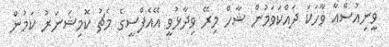
ވީނިއުސްއާ ވާހަކަ ދައްކަވަމުން ޝާހް މިރޭ ވިދާޅުވީ އޭއެފްސީގެ މެޗު ކޮމިޝަނަރު ކަމުން